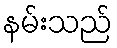
နမ်းသည်